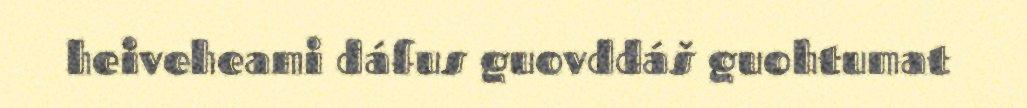
heiveheami dáfus guovddáš guohtumat